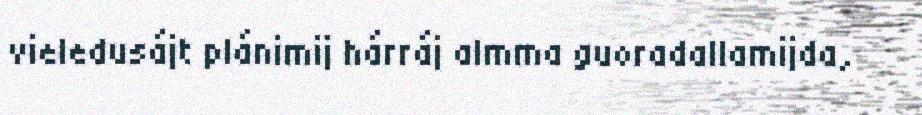
vieledusájt plánimij hárráj almma guoradallamijda,